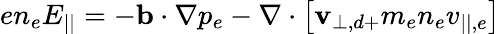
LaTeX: en_{e}E_{||}=-\mathbf{b}\cdot\nabla p_{e}-\nabla\cdot\left[\mathbf{v}_{\perp,d+}m_{e}n_{e}v_{||,e}\right]